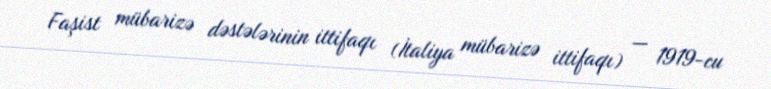
Faşist mübarizə dəstələrinin ittifaqı (İtaliya mübarizə ittifaqı) — 1919-cu